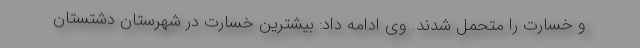
و خسارت را متحمل شدند. وی ادامه داد: بیشترین خسارت در شهرستان دشتستان